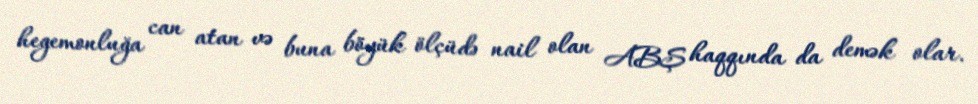
hegemonluğa can atan və buna böyük ölçüdə nail olan ABŞ haqqında da demək olar.